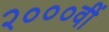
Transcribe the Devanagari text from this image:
२०००वीं